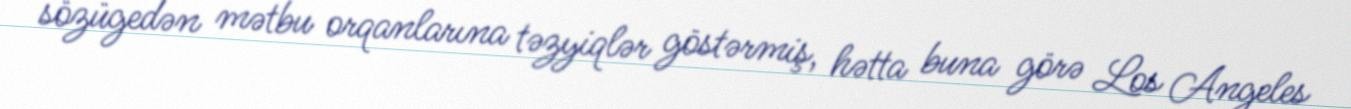
sözügedən mətbu orqanlarına təzyiqlər göstərmiş, hətta buna görə Los Angeles